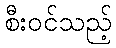
စီးဝင်သည့်